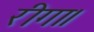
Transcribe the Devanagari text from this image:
रीगा।